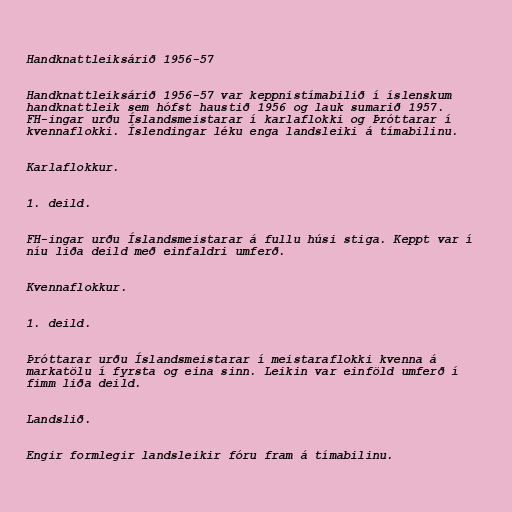
Handknattleiksárið 1956-57

Handknattleiksárið 1956-57 var keppnistímabilið í íslenskum
handknattleik sem hófst haustið 1956 og lauk sumarið 1957.
FH-ingar urðu Íslandsmeistarar í karlaflokki og Þróttarar í
kvennaflokki. Íslendingar léku enga landsleiki á tímabilinu.

Karlaflokkur.

1. deild.

FH-ingar urðu Íslandsmeistarar á fullu húsi stiga. Keppt var í
níu liða deild með einfaldri umferð.

Kvennaflokkur.

1. deild.

Þróttarar urðu Íslandsmeistarar í meistaraflokki kvenna á
markatölu í fyrsta og eina sinn. Leikin var einföld umferð í
fimm liða deild.

Landslið.

Engir formlegir landsleikir fóru fram á tímabilinu.